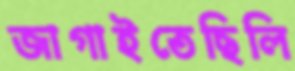
জাগাইতেছিলি